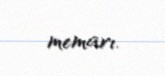
memarı.